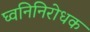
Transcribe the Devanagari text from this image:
घ्वनिनिरोधक